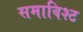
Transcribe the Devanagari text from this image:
समाविश्ट